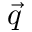
\vec { q }